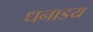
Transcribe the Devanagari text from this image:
धनाडय